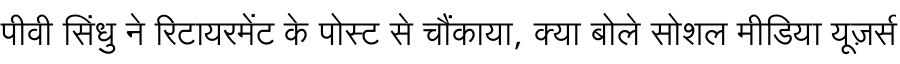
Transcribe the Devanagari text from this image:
पीवी सिंधु ने रिटायरमेंट के पोस्ट से चौंकाया, क्या बोले सोशल मीडिया यूज़र्स